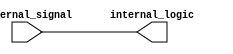
module ECL_buffer (
    input external_signal,
    output internal_logic
);

// Input buffer converting external ECL signal to internal logic level
assign internal_logic = external_signal;

// Output buffer converting internal logic level to external ECL signal
assign internal_logic = internal_logic;

endmodule